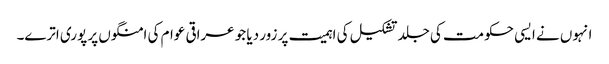
انہوں نے ایسی حکومت کی جلد تشکیل کی اہمیت پر زور دیا جو عراقی عوام کی امنگوں پر پوری اترے۔